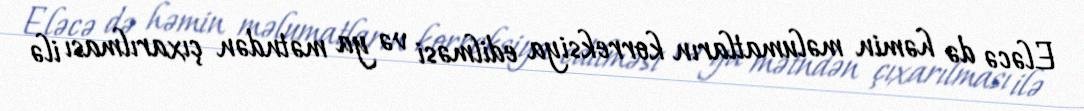
Eləcə də həmin məlumatların korreksiya edilməsi və ya mətndən çıxarılması ilə